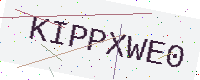
Text: KIPPXWE0